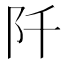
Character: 阡